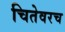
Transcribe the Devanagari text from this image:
चितेवरच